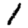
Digit: 1